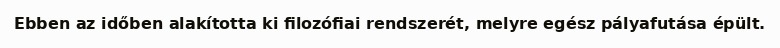
Ebben az időben alakította ki filozófiai rendszerét, melyre egész pályafutása épült.